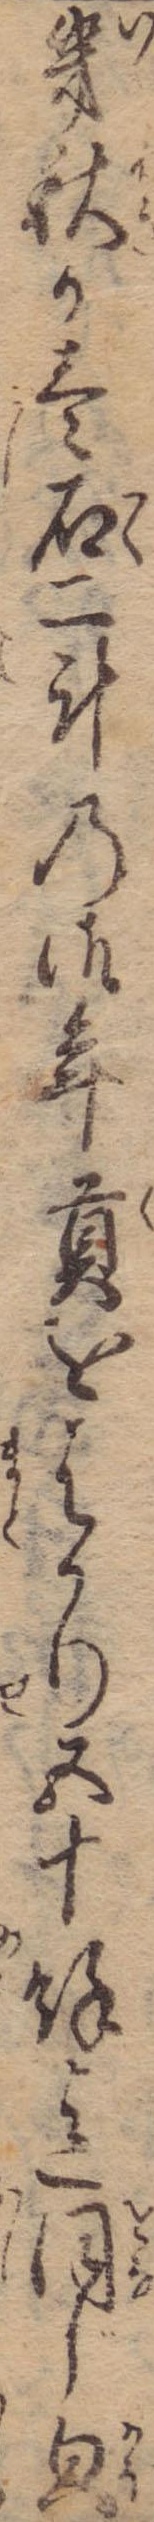
幾秋か壱石二斗の御年貢をはかり五十余迄同じ貌